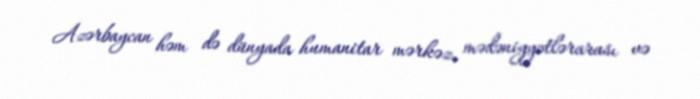
Azərbaycan həm də dünyada humanitar mərkəz, mədəniyyətlərarası və